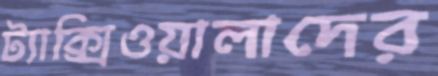
ট্যাক্সিওয়ালাদের